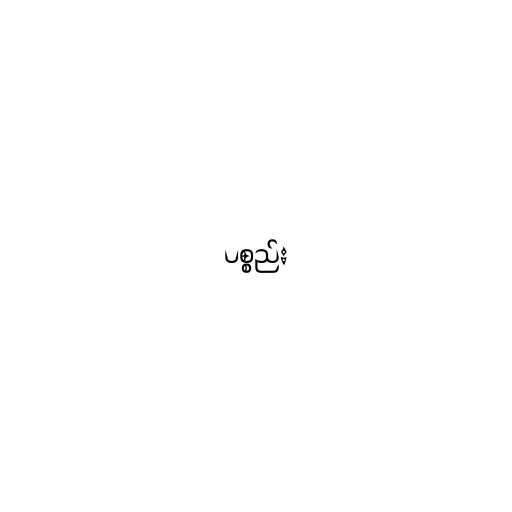
ပစ္စည်း